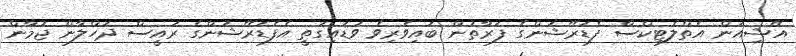
އޭޝިއަން އެތްލެޓިކްސް ފެޑަރޭޝަންގެ ފަރާތުން ބައިވެރިވެ ވަޑައިގަތީ އެފެޑަރޭޝަންގެ ރައީސް ދަހްލާން ޖުމާން